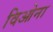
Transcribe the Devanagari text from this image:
विओना